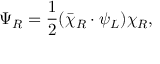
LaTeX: \Psi _ { R } = { \frac { 1 } { 2 } } ( \bar { \chi } _ { R } \cdot \psi _ { L } ) \chi _ { R } ,